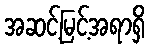
အဆင့်မြင့်အရာရှိ